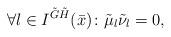
LaTeX: \begin{align*}\forall l\in I^{\tilde G\tilde H}(\bar x)\colon\tilde \mu_l\tilde \nu_l=0,\end{align*}